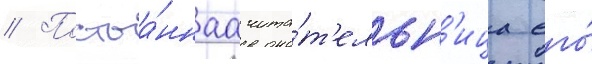
// Постоа́ннаа чита́т'ельн'ица его́